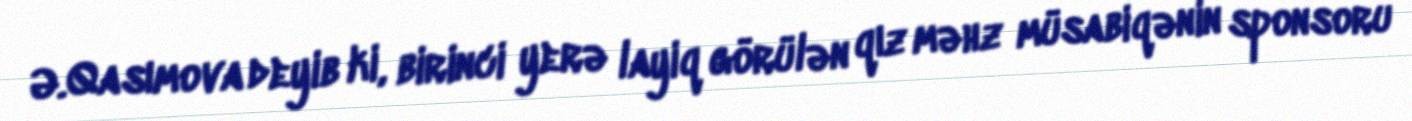
Ə.Qasımova deyib ki, birinci yerə layiq görülən qız məhz müsabiqənin sponsoru